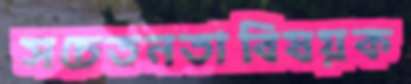
সচেতনতাবিষয়ক